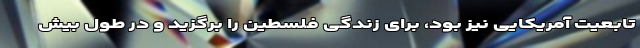
تابعیت آمریکایی نیز بود، برای زندگی فلسطین را برگزید و در طول بیش